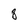
Character: 8